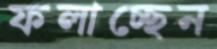
ফলাচ্ছেন